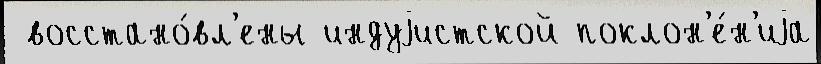
 восстано́вл'ены индуjистской поклон'е́н'иjа